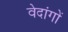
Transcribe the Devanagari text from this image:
वेदांगाें